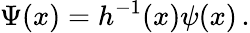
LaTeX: \Psi(x)=h^{-1}(x)\psi(x)\, .